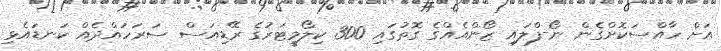
އަށް ހާއްސަކޮށްގެން ނޯ-ފްލައި ޒޯންއެއްގެ ގޮތުގައި 300 ކިލޯމީޓަރުގެ ރޭޑިއަސް ސަރަހައްދެއް ކަނޑައެޅި